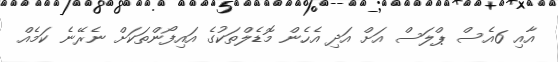
އާއި 6އެސް ޕްލަސް އަށް އަދި އެހެން މޮޑެލްތަކުގެ އައިފޯންތަކަށް ނެރޭނެ ކަމެއް